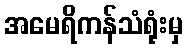
အမေရိကန်သံရုံးမှ